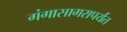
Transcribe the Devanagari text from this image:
गंगासागरापर्यंत